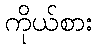
ကိုယ်စား